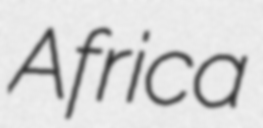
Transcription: Africa